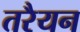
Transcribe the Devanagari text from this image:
तरैयन